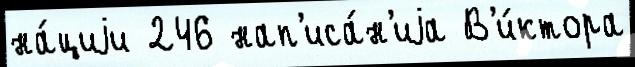
на́циjи 246 нап'иса́н'иjа В'и́ктора